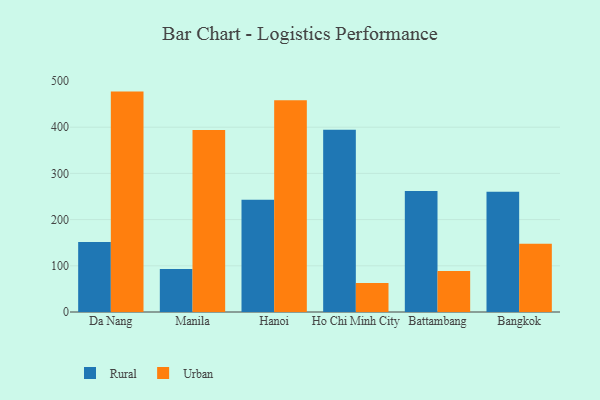
{"axis": {"x": "City", "y": "Net Income (USD K)"}, "legend": ["Rural", "Urban"], "data": [{"x": "Da Nang", "y": 151.6, "type": "Rural"}, {"x": "Da Nang", "y": 477.0, "type": "Urban"}, {"x": "Manila", "y": 93.1, "type": "Rural"}, {"x": "Manila", "y": 393.7, "type": "Urban"}, {"x": "Hanoi", "y": 243.1, "type": "Rural"}, {"x": "Hanoi", "y": 458.5, "type": "Urban"}, {"x": "Ho Chi Minh City", "y": 394.3, "type": "Rural"}, {"x": "Ho Chi Minh City", "y": 62.5, "type": "Urban"}, {"x": "Battambang", "y": 262.1, "type": "Rural"}, {"x": "Battambang", "y": 88.9, "type": "Urban"}, {"x": "Bangkok", "y": 260.3, "type": "Rural"}, {"x": "Bangkok", "y": 147.6, "type": "Urban"}]}